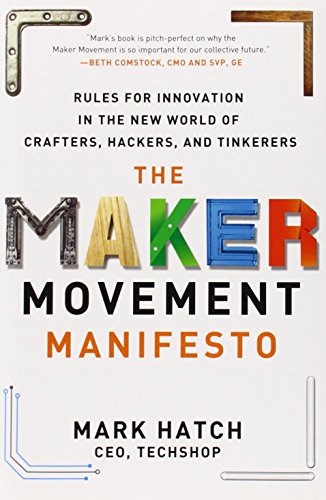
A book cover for The Maker Movement Manifesto: Rules for Innovation in the New World of Crafters, Hackers, and Tinkerers; Mark Hatch; Business & Money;